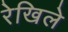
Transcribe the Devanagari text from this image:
रेखिले